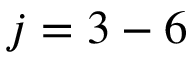
j = 3 - 6